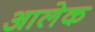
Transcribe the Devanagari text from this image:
आलेक